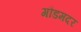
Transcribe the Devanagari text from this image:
गौडमदर